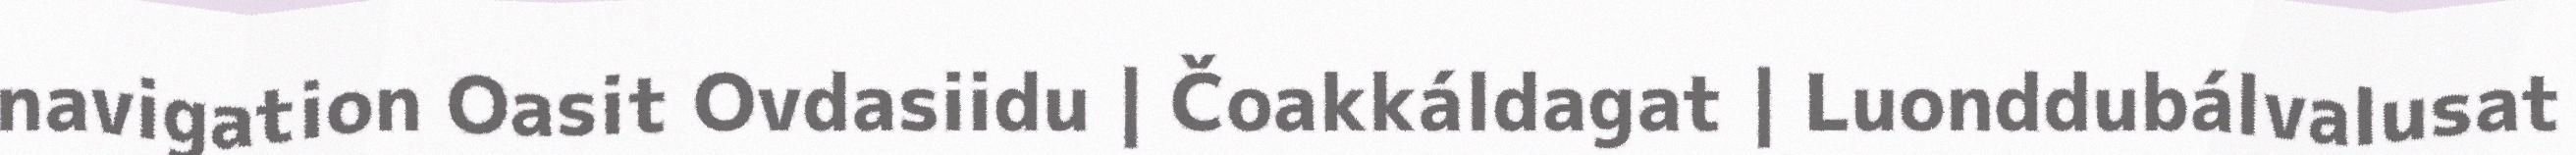
navigation Oasit Ovdasiidu | Čoakkáldagat | Luonddubálvalusat